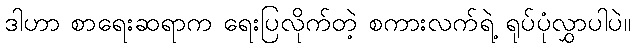
ဒါဟာ စာရေးဆရာက ရေးပြလိုက်တဲ့ စကားလက်ရဲ့ ရုပ်ပုံလွှာပါပဲ။